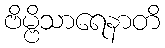
ဗိမ္ဗိသာရေနာတိ